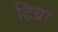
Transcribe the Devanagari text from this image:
टिग्रा